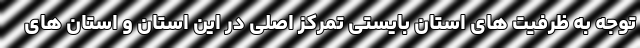
توجه به ظرفیت های استان بایستی تمرکز اصلی در این استان و استان های